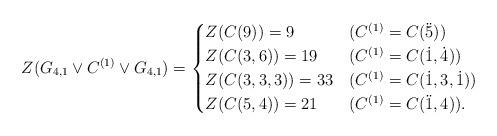
LaTeX: \begin{align*} Z(G_{4,1}\vee C^{(1)}\vee G_{4,1})&= \begin{cases} Z(C(9))=9 &(C^{(1)}=C(\ddot5))\\ Z(C(3,6))=19&(C^{(1)}=C(\dot1,\dot4))\\ Z(C(3,3,3))=33&(C^{(1)}=C(\dot1,3,\dot1))\\ Z(C(5,4))=21&(C^{(1)}=C(\ddot1,4)). \end{cases} \end{align*}